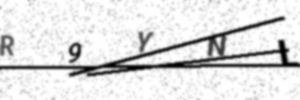
Text: R9YNL